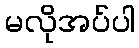
မလိုအပ်ပါ